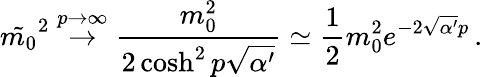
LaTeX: \tilde{m_{0}}^{2}\stackrel{p\to\infty}{\rightarrow}\frac{m_{0}^{2}}{2\cosh^{2}p\sqrt{\alpha^{\prime}}}\simeq\frac{1}{2}m_{0}^{2}e^{-2\sqrt{\alpha^{\prime}}p}\, .